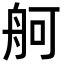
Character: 舸